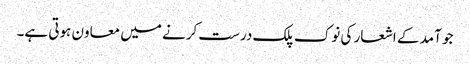
جو آمد کے اشعار کی نوک پلک درست کرنے میں معاون ہوتی ہے۔